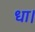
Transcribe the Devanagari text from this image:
धा।